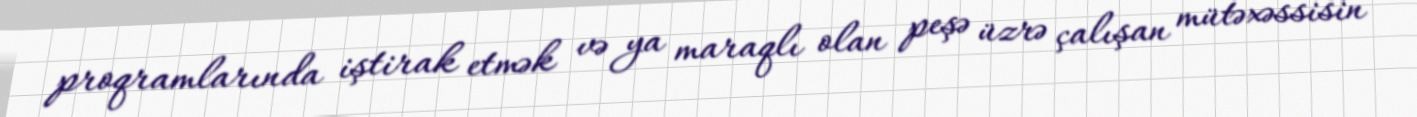
proqramlarında iştirak etmək və ya maraqlı olan peşə üzrə çalışan mütəxəssisin